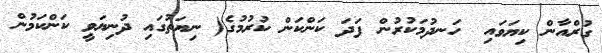
ގުރްއާން ކިޔަވައި  ހަނދުމަކުރުން ފަދަ ކަންކަން ކުރުމުގެ( ނިޔަތުގައި ދުނިޔަވީ ކަންކަމުން